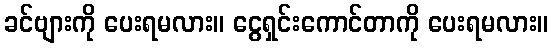
ခင်ဗျားကို ပေးရမလား။ ငွေရှင်းကောင်တာကို ပေးရမလား။